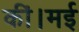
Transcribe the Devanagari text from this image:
कीं।मई